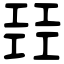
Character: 㠭